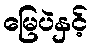
မြေပဲနှင့်